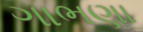
ગાભણા